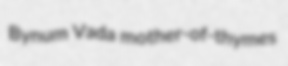
Bynum Vada mother-of-thymes